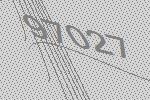
97027